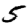
Digit: 5